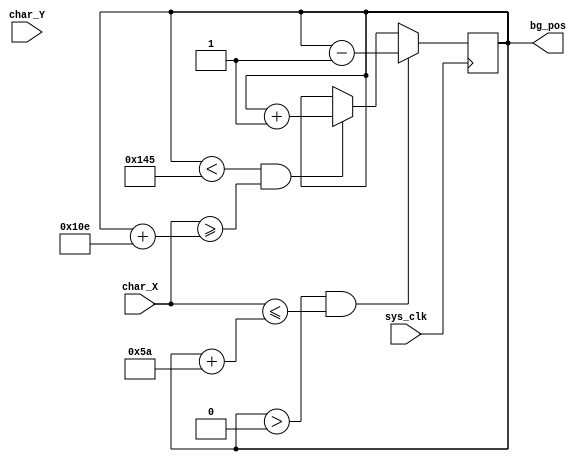
module scroll(
	input sys_clk,
	input [9:0] char_X, 
	input [9:0] char_Y,
	//output reg [3:0] update_pos_scroll,
	output reg [9:0] bg_pos 
);

initial begin
    bg_pos=10'd0;
end

always @(posedge sys_clk) begin
	if(bg_pos<10'd325 && char_X>=bg_pos+10'd270) begin
		bg_pos<=bg_pos+10'd1;
	end
	if(bg_pos>10'd0 && char_X<=bg_pos+10'd90) begin
		bg_pos<=bg_pos-10'd1;
	end
	
end

endmodule